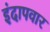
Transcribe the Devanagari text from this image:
इंदापवार